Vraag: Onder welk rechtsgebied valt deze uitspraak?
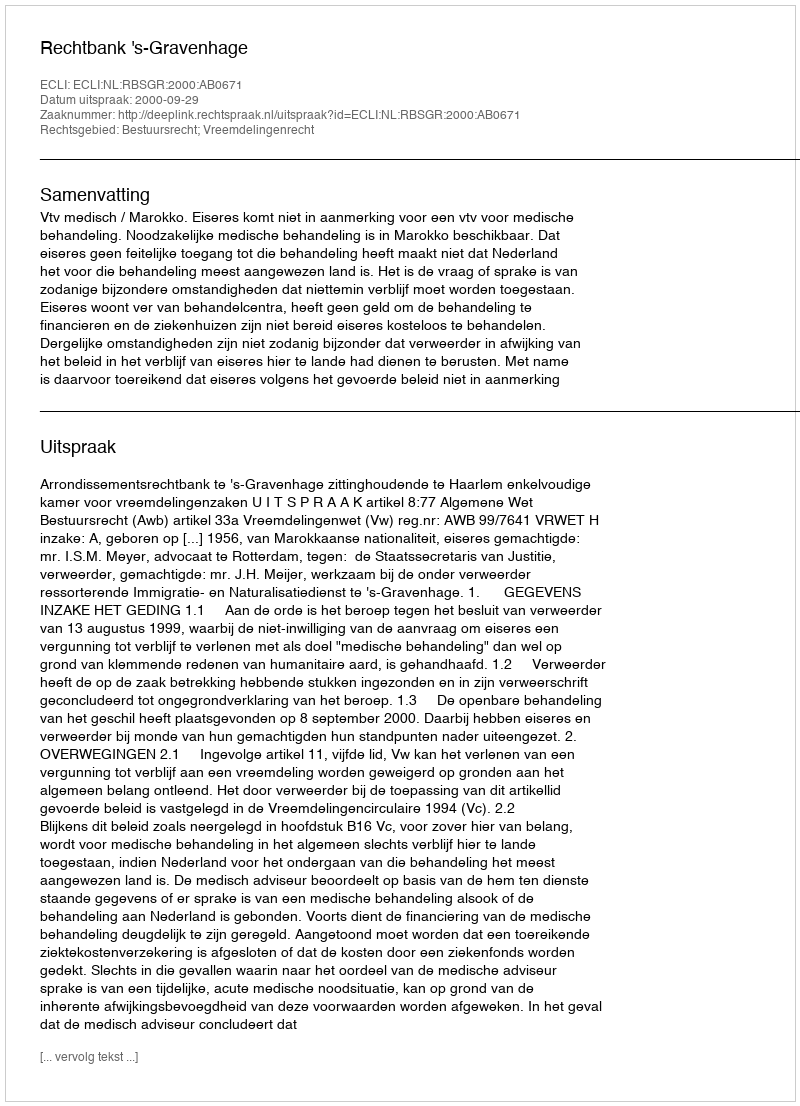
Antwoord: Bestuursrecht; Vreemdelingenrecht